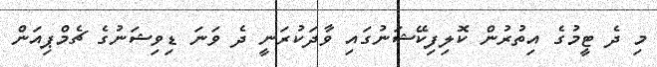
މި ދެ ޓީމުގެ އިތުރުން ކޮލިފިކޭޝަނުގައި ވާދަކުރަނީ ދެ ވަނަ ޑިވިޝަނުގެ ޗެމްޕިއަން